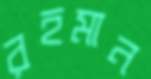
রহমান